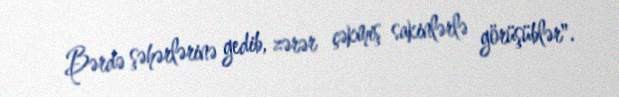
Bərdə şəhərlərinə gedib, zərər çəkmiş sakinlərlə görüşüblər".